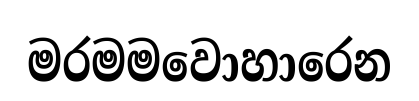
මරමමවොහාරෙන